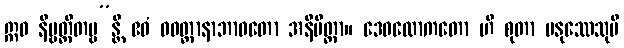
ဣဓ နိဗ္ဗတ္တိတဗ္ဗ”န္တိ ဧဝံ ဝဝတ္ထာနာဘာဝတော အနိမိတ္တာ။ ဒေဝလောကတော ဟိ စုတာ မနုဿေသုပိ